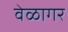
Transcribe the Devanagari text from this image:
वेळागर